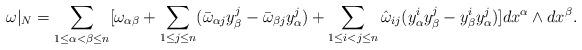
LaTeX: \begin{align*} \omega|_N=\sum_{1\le\alpha<\beta\le n}[\omega_{\alpha\beta}+\sum_{1\le j\le n}(\bar\omega_{\alpha j}y^j_\beta-\bar\omega_{\beta j}y^j_\alpha)+\sum_{1\le i<j\le n}\hat\omega_{i j}(y^i_\alpha y^j_\beta-y^i_\beta y^j_\alpha)]dx^\alpha\wedge dx^\beta.\end{align*}